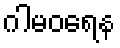
ဂါမဝရေန